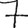
Digit: 7